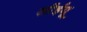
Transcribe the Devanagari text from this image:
सीईयू